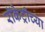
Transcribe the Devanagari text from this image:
रॉकेट्रीच्या